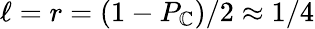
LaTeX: \ell=r=(1-P_{\mathbb{C}})/2\approx1/4